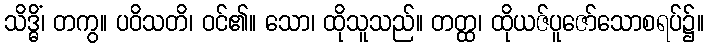
သိဒ္ဓိံ၊ တကွ။ ပဝိသတိ၊ ဝင်၏။ သော၊ ထိုသူသည်။ တတ္ထ၊ ထိုယဇ်ပူဇော်သောစရပ်၌။